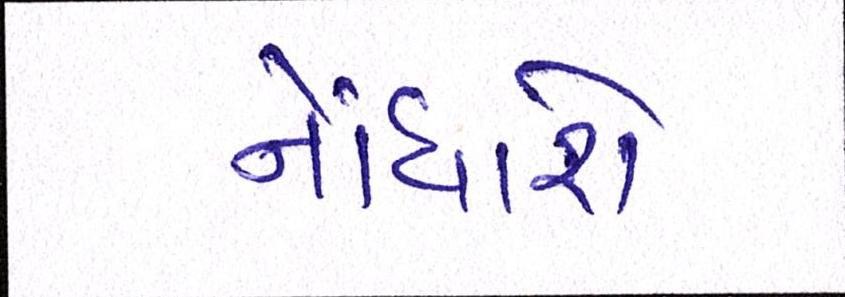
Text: નોંધાશે